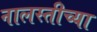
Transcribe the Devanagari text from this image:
नालस्तीच्या